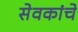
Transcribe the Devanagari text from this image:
सेवकांचे